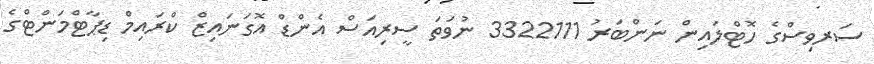
ސަރވިސްގެ ހޮޓްލައިން ނަންބަރު 3322111 ނުވަތަ ސީރިއަސް އެންޑް އޮގަނައިޒް ކްރައިމް ޑިޕާޓްމަންޓްގެ